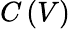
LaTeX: C\left(V\right)